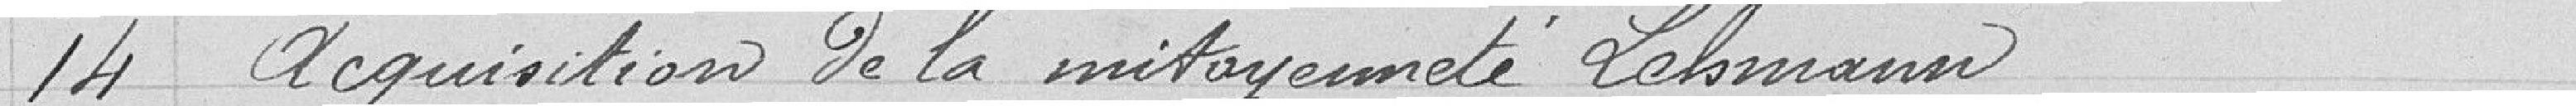
14 Acquisition de la mitoyenneté Lehmann